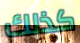
كذلك